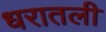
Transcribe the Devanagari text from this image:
धरातली